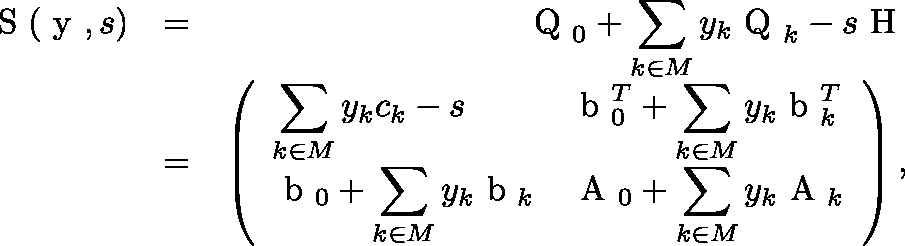
\begin{array} { r l r } { \mathrm { \boldmath ~ S ~ } ( \mathrm { \boldmath ~ y ~ } , s ) } & { = } & { \mathrm { \boldmath ~ Q ~ } _ { 0 } + \displaystyle \sum _ { k \in M } y _ { k } \mathrm { \boldmath ~ Q ~ } _ { k } - s \mathrm { \boldmath ~ H ~ } } \\ & { = } & { \left( \begin{array} { l l } { \displaystyle \sum _ { k \in M } y _ { k } c _ { k } - s } & { \displaystyle \mathrm { \boldmath ~ b ~ } _ { 0 } ^ { T } + \sum _ { k \in M } y _ { k } \mathrm { \boldmath ~ b ~ } _ { k } ^ { T } } \\ { \displaystyle \mathrm { \boldmath ~ b ~ } _ { 0 } + \sum _ { k \in M } y _ { k } \mathrm { \boldmath ~ b ~ } _ { k } } & { \displaystyle \mathrm { \boldmath ~ A ~ } _ { 0 } + \sum _ { k \in M } y _ { k } \mathrm { \boldmath ~ A ~ } _ { k } } \end{array} \right) , } \end{array}